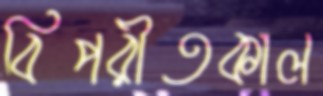
বিপরীতকাল